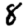
Digit: 8